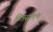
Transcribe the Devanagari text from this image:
मित्रसमान